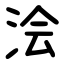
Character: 浍